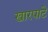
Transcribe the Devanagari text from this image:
खारपाटे